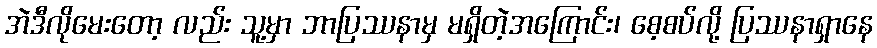
အဲဒီလိုမေးတော့ လည်း သူ့မှာ ဘာပြဿနာမှ မရှိတဲ့အကြောင်း၊ စေ့စပ်လို့ ပြဿနာရှာနေ